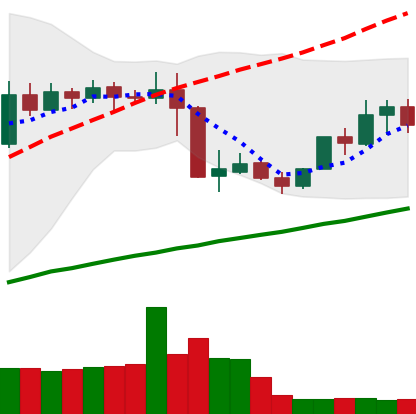
Ticker: XMR-USD
Chart end date: 2019-05-05
Forward return: 3.016%
Label: up_3_5